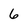
Character: 6